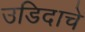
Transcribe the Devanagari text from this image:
उडिदाचे